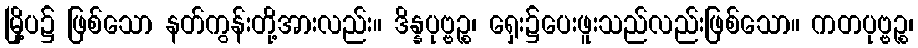
မြို့ပ၌ ဖြစ်သော နတ်ကွန်းတို့အားလည်း။ ဒိန္နပုဗ္ဗဉ္စ၊ ရှေး၌ပေးဖူးသည်လည်းဖြစ်သော။ ကတပုဗ္ဗဉ္စ၊